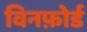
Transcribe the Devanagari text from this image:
विनफ़ोर्ड